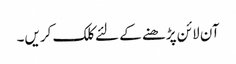
آن لائن پڑھنے کے لئے کلک کریں۔